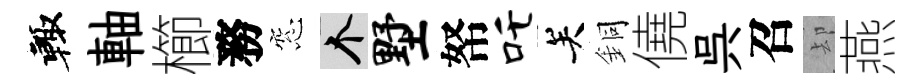
輙軸櫛務窓个墅帑吒关銅僥呉召却燕